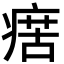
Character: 瘔